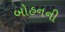
બોહનની